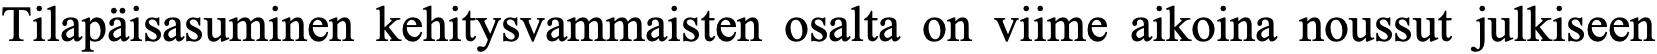
Tilapäisasuminen kehitysvammaisten osalta on viime aikoina noussut julkiseen